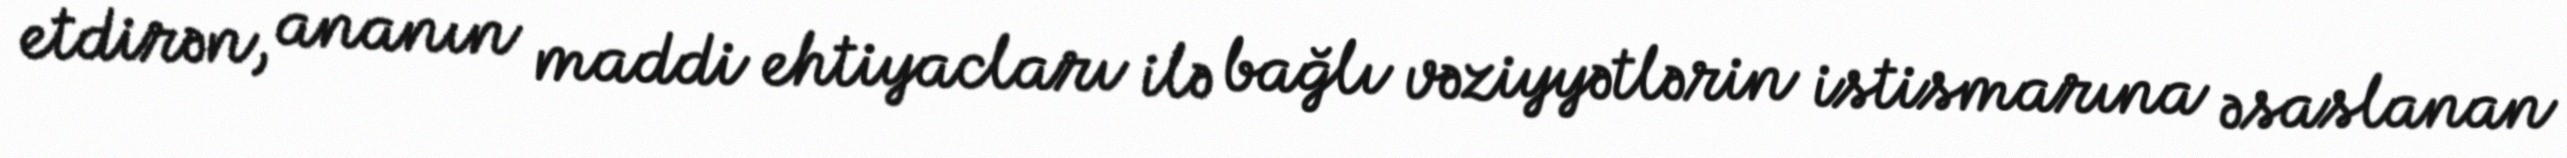
etdirən, ananın maddi ehtiyacları ilə bağlı vəziyyətlərin istismarına əsaslanan